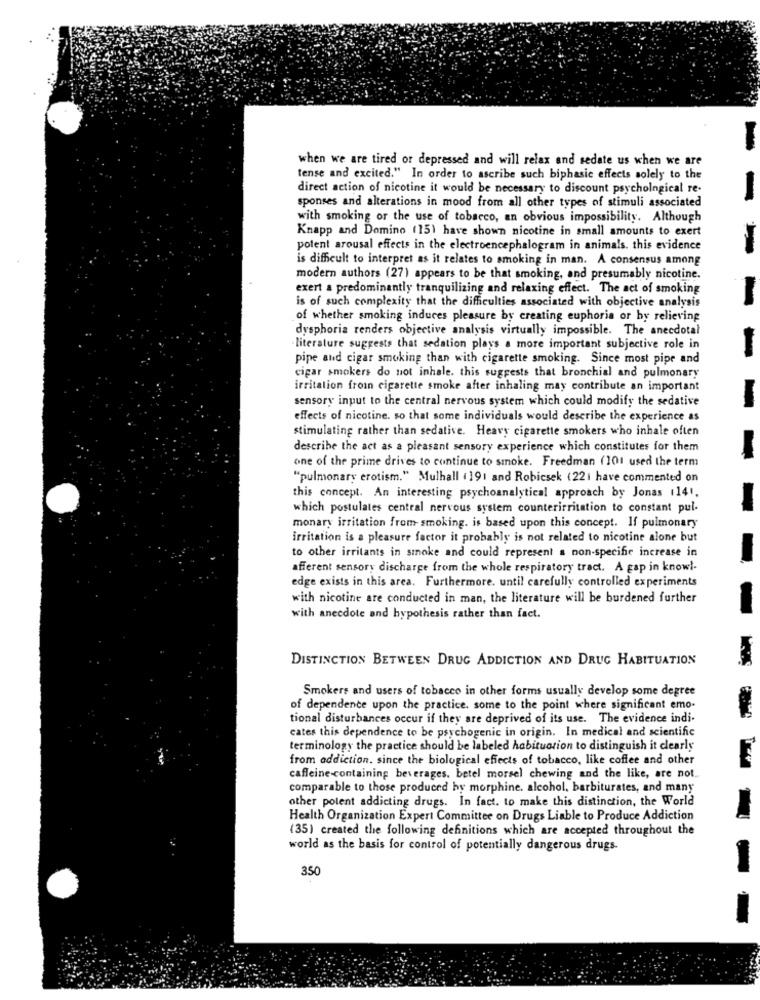
when we are tired or depressed and will relax and sedate us when we are
tense and excited." In order to ascribe such biphasic effects solely to the
direct action of nicotine it would be necessary to discount psychological re-
sponses and alterations in mood from all other types of stimuli associated
-
with smoking or the use of tobacco, an obvious impossibility. Although
Knapp and Domino (15) have shown nicotine in small amounts to exert
potent arousal effects in the electroencephalogram in animals. this evidence
is difficult to interpret as it relates to smoking in man. A consensus among
modern authors (27) appears to be that smoking, and presumably nicotine.
exert a predominantly tranquilizing and relaxing effect. The act of smoking
is of such complexity that the difficulties associated with objective analysis
of whether smoking induces pleasure by creating euphoria or by relieving
dysphoria renders objective analysis virtually impossible. The anecdotal
literature suggests that sedation plays a more important subjective role in
pipe and cigar smoking than with cigarette smoking. Since most pipe and
cigar smokers do not inhale. this suggests that bronchial and pulmonary
irritation fromn cigarette smoke after inhaling may contribute an important
sensory input to the central nervous system which could modify the sedative
effects of nicotine. so that some individuals would describe the experience as
stimulating rather than sedative. Heavy cigarette smokers who inhale often
describe the act as a pleasant sensory experience which constitutes for them
one of the prime drives to continue to smoke. Freedman (101 used the term
"pulmonary erotism." Mulhall (191 and Robicsek (221 have commented on
this concept. An interesting psychoanalytical approach by Jonas 1141.
which postulates central nervous system counterirritation to constant pul-
monary irritation from-smoking. is based upon this concept. If pulmonary
irritation is a pleasure factor it probably is not related to nicotine alone but
to other irritants in smoke and could represent a non-specific increase in
afferent sensory discharge from the whole respiratory tract. A gap in knowl-
edge exists in this area. Furthermore. until carefully controlled experiments
with nicotine are conducted in man, the literature will be burdened further
with anecdote and hypothesis rather than fact.
DISTINCTION BETWEEN DRUG ADDICTION AND DRUG HABITUATION
Smokers and users of tobacco in other forms usually develop some degree
of dependence upon the practice. some to the point where significant emo-
tional disturbances occur if they are deprived of its use. The evidence indi-
cates this dependence to be psychogenic in origin. In medical and scientific
terminology the practice should be labeled habituorion to distinguish it clearly
from addiction. since the biological effects of tobacco, like coffee and other
caffeine-containing beverages. betel morsel chewing and the like, are not.
comparable to those produced by morphine. alcohol, barbiturates, and many
other polent addicting drugs. In fact. to make this distinction, the World
Health Organization Expert Committee on Drugs Liable to Produce Addiction
(35) created the following definitions which are accepted throughout the
world as the basis for control of potentially dangerous drugs.
350